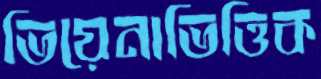
ভিয়েনাভিত্তিক